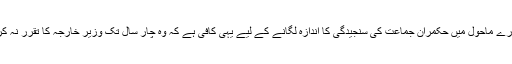
اس سارے ماحول میں حکمران جماعت کی سنجیدگی کا اندازہ لگانے کے لیے یہی کافی ہے کہ وہ چار سال تک وزیر خارجہ کا تقرر نہ کرسکی۔